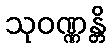
သုဝဏ္ဏန္တိ